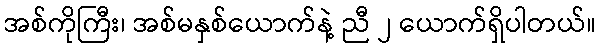
အစ်ကိုကြီး၊ အစ်မနှစ်ယောက်နဲ့ ညီ ၂ ယောက်ရှိပါတယ်။